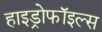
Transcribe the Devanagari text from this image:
हाइड्रोफॉइल्स